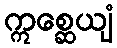
ဣစ္ဆေယျံ